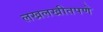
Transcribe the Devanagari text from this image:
लखलखीतपणे